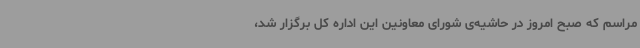
مراسم که صبح امروز در حاشیه‌ی شورای معاونین این اداره کل برگزار شد،